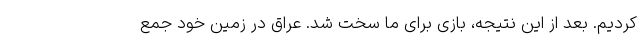
کردیم. بعد از این نتیجه، بازی برای ما سخت شد. عراق در زمین خود جمع